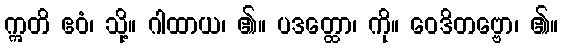
ဣတိ ဧဝံ၊ သို့။ ဂါထာယ၊ ၏။ ပဒတ္ထော၊ ကို။ ဝေဒိတဗ္ဗော၊ ၏။